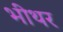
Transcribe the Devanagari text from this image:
भीथर